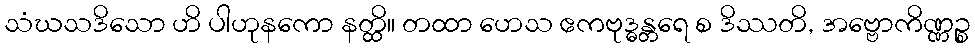
သံဃသဒိသော ဟိ ပါဟုနကော နတ္ထိ။ တထာ ဟေသ ဧကဗုဒ္ဓန္တရေ စ ဒိဿတိ, အဗ္ဗောကိဏ္ဏဉ္စ